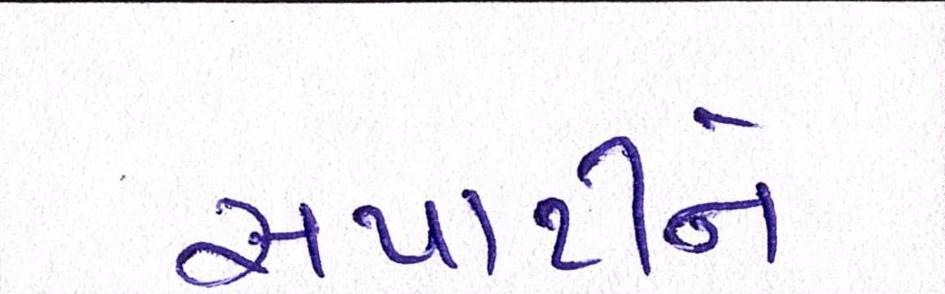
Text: સપાટીને